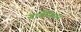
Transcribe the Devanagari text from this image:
नार्वेनियन